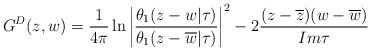
\begin{align*}G^D(z,w)=\frac{1}{4\pi}\ln\left|\frac{\theta_1(z-w|\tau)}{\theta_1(z-\overline{w}|\tau)}\right|^2-2\frac{(z-\overline{z})(w-\overline{w})}{Im\tau}\end{align*}